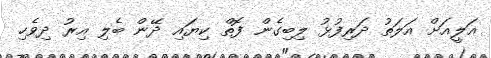
އަލީއަށް އަލަތު ދަރިފުޅު ލިބިގެން ފޮތް ކިޔައި ދޭން ބެލި އިރު ދިވެހި